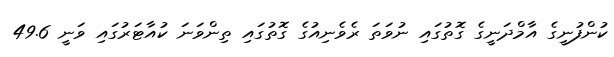
ކުންފުނީގެ އާމްދަނީގެ ގޮތުގައި ނުވަތަ ރެވެނިއުގެ ގޮތުގައި ތިންވަނަ ކުއާޓަރުގައި ވަނީ 49.6